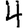
Digit: 4